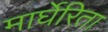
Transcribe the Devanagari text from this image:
मार्घेरिता